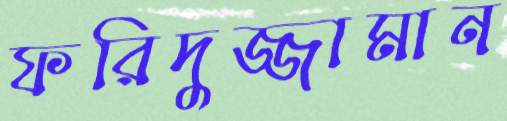
ফরিদুজ্জামান